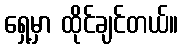
ရှေ့မှာ ထိုင်ချင်တယ်။